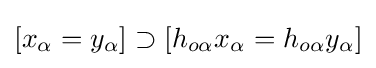
[x_{\alpha }=y_{\alpha }]\supset [h_{o\alpha }x_{\alpha }=h_{o\alpha }y_{\alpha }]